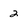
Character: 2